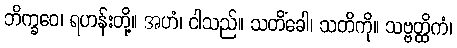
ဘိက္ခဝေ၊ ရဟန်းတို့။ အဟံ၊ ငါသည်။ သတိံခေါ၊ သတိကို။ သဗ္ဗတ္ထိကံ၊